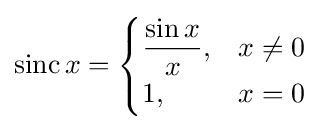
\operatorname {sinc} x={\begin{cases}{\dfrac {\sin x}{x}},&x\neq 0\\1,&x=0\end{cases}}